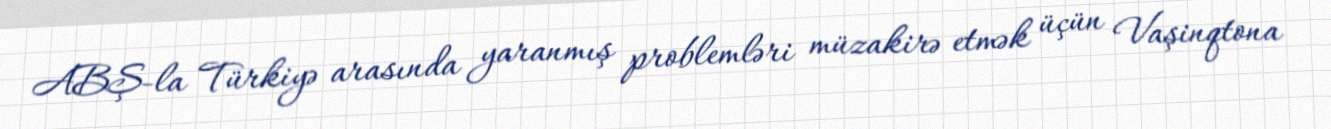
ABŞ-la Türkiyə arasında yaranmış problemləri müzakirə etmək üçün Vaşinqtona